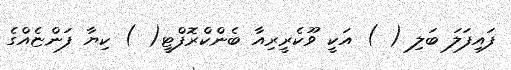
ފައިފަލަ ބަލި ( ) އަކީ ވޫކެރީރިއާ ބެންކްރޮފްޓީ( ) ކިޔާ ފަންޏެއްގެ